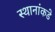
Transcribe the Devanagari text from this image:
स्थानांकडे